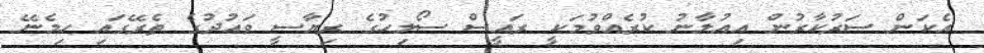
އެކަން ސަރުކާރުން އިއުލާނު ކުރެއްވުމަކީ ރައީސް ސޯލިހުގެ ރިޔާސީ ވައުދުގެ ތެރޭގައި ހިމެނޭ